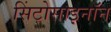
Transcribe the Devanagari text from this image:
सिंटोसाइनॉन